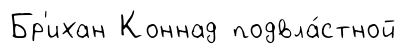
Бр'ихан Коннад подвла́стной